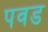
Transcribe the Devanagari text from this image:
पवड